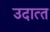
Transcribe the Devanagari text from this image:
उदात्‍त